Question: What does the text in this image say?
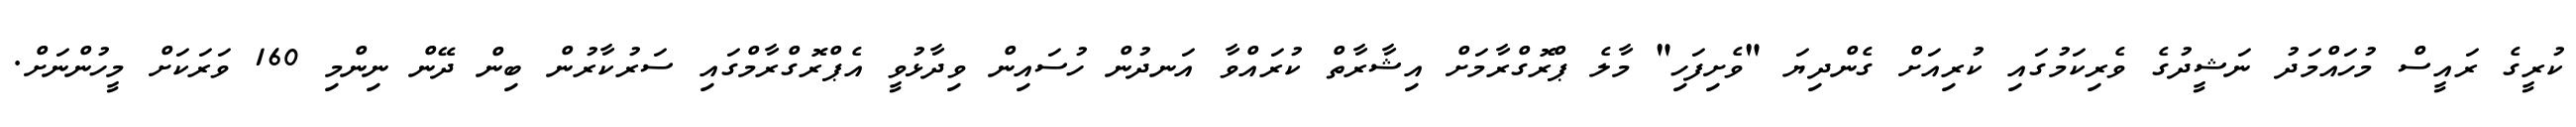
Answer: ކުރީގެ ރައީސް މުހައްމަދު ނަޝީދުގެ ވެރިކަމުގައި ކުރިއަށް ގެންދިޔަ "ވެށިފަހި" މާލެ ޕްރޮގްރާމަށް އިޝާރާތް ކުރައްވާ އަނދުން ހުސައިން ވިދާޅުވީ އެޕްރޮގްރާމްގައި ސަރުކާރުން ބިން ދޭން ނިންމި 160 ވަރަކަށް މީހުންނަށް.